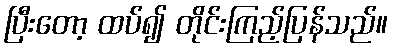
ပြီးတော့ ထပ်၍ တိုင်းကြည့်ပြန်သည်။